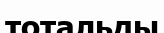
тотальды